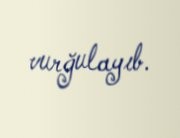
vurğulayıb.